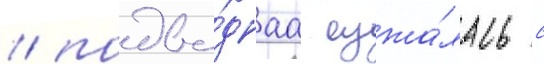
/ подво́днаа сужа́лась с